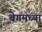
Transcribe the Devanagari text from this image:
बेगमच्या